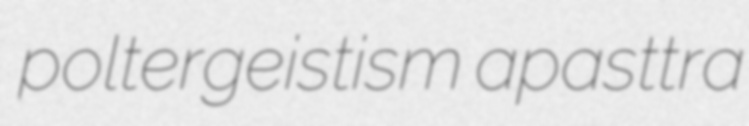
poltergeistism apasttra